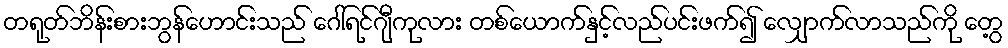
တရုတ်ဘိန်းစားဘွန်ဟောင်းသည် ဂေါ်ရင်ဂျီကုလား တစ်ယောက်နှင့်လည်ပင်းဖက်၍ လျှောက်လာသည်ကို တွေ့